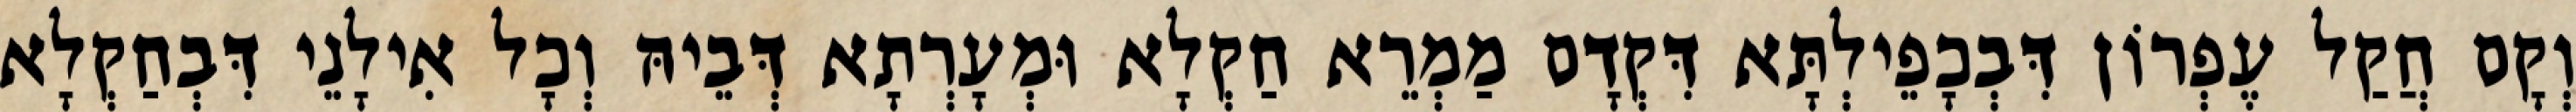
וְקָם חֲקַל עֶפְרוֹן דִּבְכָפֵילְתָּא דִּקְדָם מַמְרֵא חַקְלָא וּמְעָרְתָא דְּבֵיהּ וְכָל אִילָנֵי דִּבְחַקְלָא